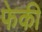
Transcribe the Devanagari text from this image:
फेकी